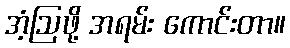
အံ့ဩဖို့ အရမ်း ကောင်းတာ။